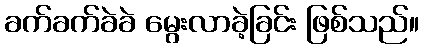
ခက်ခက်ခဲခဲ မွေးလာခဲ့ခြင်း ဖြစ်သည်။